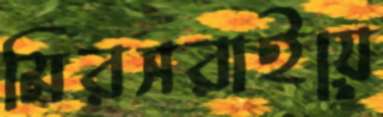
মিরসরাইয়ে